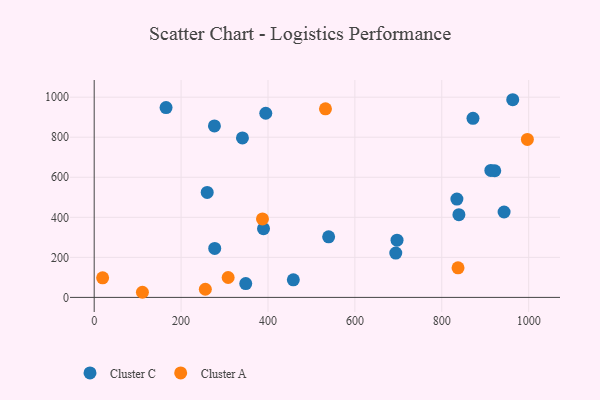
{"axis": {"x": "Engine Size", "y": "Sales"}, "legend": ["Cluster A", "Cluster C"], "data": [{"x": "871.8", "y": 894.1, "type": "Cluster C"}, {"x": "348.8", "y": 69.1, "type": "Cluster C"}, {"x": "839.4", "y": 413.3, "type": "Cluster C"}, {"x": "963.3", "y": 987.2, "type": "Cluster C"}, {"x": "458.3", "y": 87.9, "type": "Cluster C"}, {"x": "921.9", "y": 632.5, "type": "Cluster C"}, {"x": "276.7", "y": 856.6, "type": "Cluster C"}, {"x": "389.7", "y": 343.1, "type": "Cluster C"}, {"x": "277.4", "y": 244.7, "type": "Cluster C"}, {"x": "912.9", "y": 634.0, "type": "Cluster C"}, {"x": "539.6", "y": 302.4, "type": "Cluster C"}, {"x": "943.4", "y": 426.4, "type": "Cluster C"}, {"x": "697.0", "y": 285.7, "type": "Cluster C"}, {"x": "834.8", "y": 491.0, "type": "Cluster C"}, {"x": "394.9", "y": 919.6, "type": "Cluster C"}, {"x": "165.4", "y": 948.1, "type": "Cluster C"}, {"x": "341.2", "y": 796.2, "type": "Cluster C"}, {"x": "260.1", "y": 524.3, "type": "Cluster C"}, {"x": "694.1", "y": 221.5, "type": "Cluster C"}, {"x": "387.3", "y": 391.7, "type": "Cluster A"}, {"x": "308.3", "y": 99.5, "type": "Cluster A"}, {"x": "255.8", "y": 40.7, "type": "Cluster A"}, {"x": "997.0", "y": 788.8, "type": "Cluster A"}, {"x": "532.3", "y": 941.6, "type": "Cluster A"}, {"x": "19.4", "y": 98.0, "type": "Cluster A"}, {"x": "837.4", "y": 147.7, "type": "Cluster A"}, {"x": "111.0", "y": 25.6, "type": "Cluster A"}]}